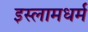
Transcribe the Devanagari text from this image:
इस्लामधर्म